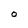
Character: O